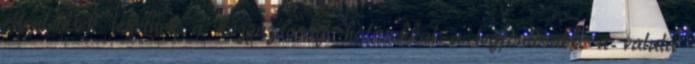
ellentétesek lehetnek a közgazdasági hatásokkal a legfontosabb: a valuta